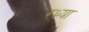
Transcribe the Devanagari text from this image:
रथ्या